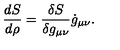
{ \frac { d S } { d \rho } } = { \frac { \delta S } { \delta g _ { \mu \nu } } } \dot { g } _ { \mu \nu } .